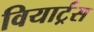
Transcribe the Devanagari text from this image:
वियार्ट्रस